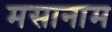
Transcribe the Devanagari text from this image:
मसानाम